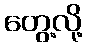
တွေ့လို့